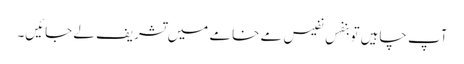
آپ چاہیں تو بنفسِ نفیس مے خامے میں تشریف لے جائیں۔